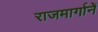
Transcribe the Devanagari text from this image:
राजमार्गानें